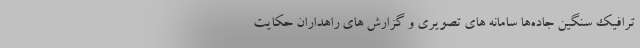
ترافیک سنگین جاده‌ها سامانه های تصویری و گزارش های راهداران حکایت